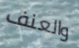
والعنف